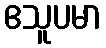
ဧသူပမာ